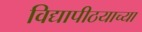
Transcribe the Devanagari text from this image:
विद्यापीठयाच्या